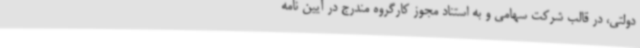
دولتی، در قالب شرکت سهامی و به استناد مجوز کارگروه مندرج در آیین نامه